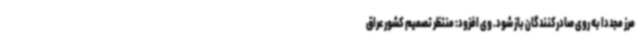
مرز مجددا به روی صادرکنندگان باز شود. وی افزود: منتظر تصمیم کشور عراق